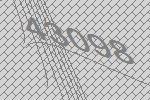
43098